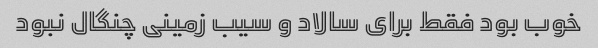
خوب بود فقط برای سالاد و سیب زمینی چنگال نبود